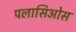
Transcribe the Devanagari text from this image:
पलासिओस